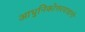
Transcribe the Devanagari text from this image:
आधुनिकोत्तरवाद्यांनी